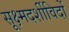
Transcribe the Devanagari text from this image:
सूक्ष्मदर्शीविदों